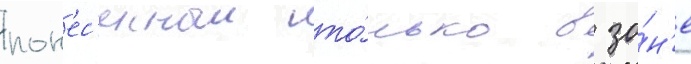
пон'ес'енныи то́лько в зо́н'е